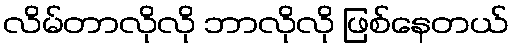
လိမ်တာလိုလို ဘာလိုလို ဖြစ်နေတယ်